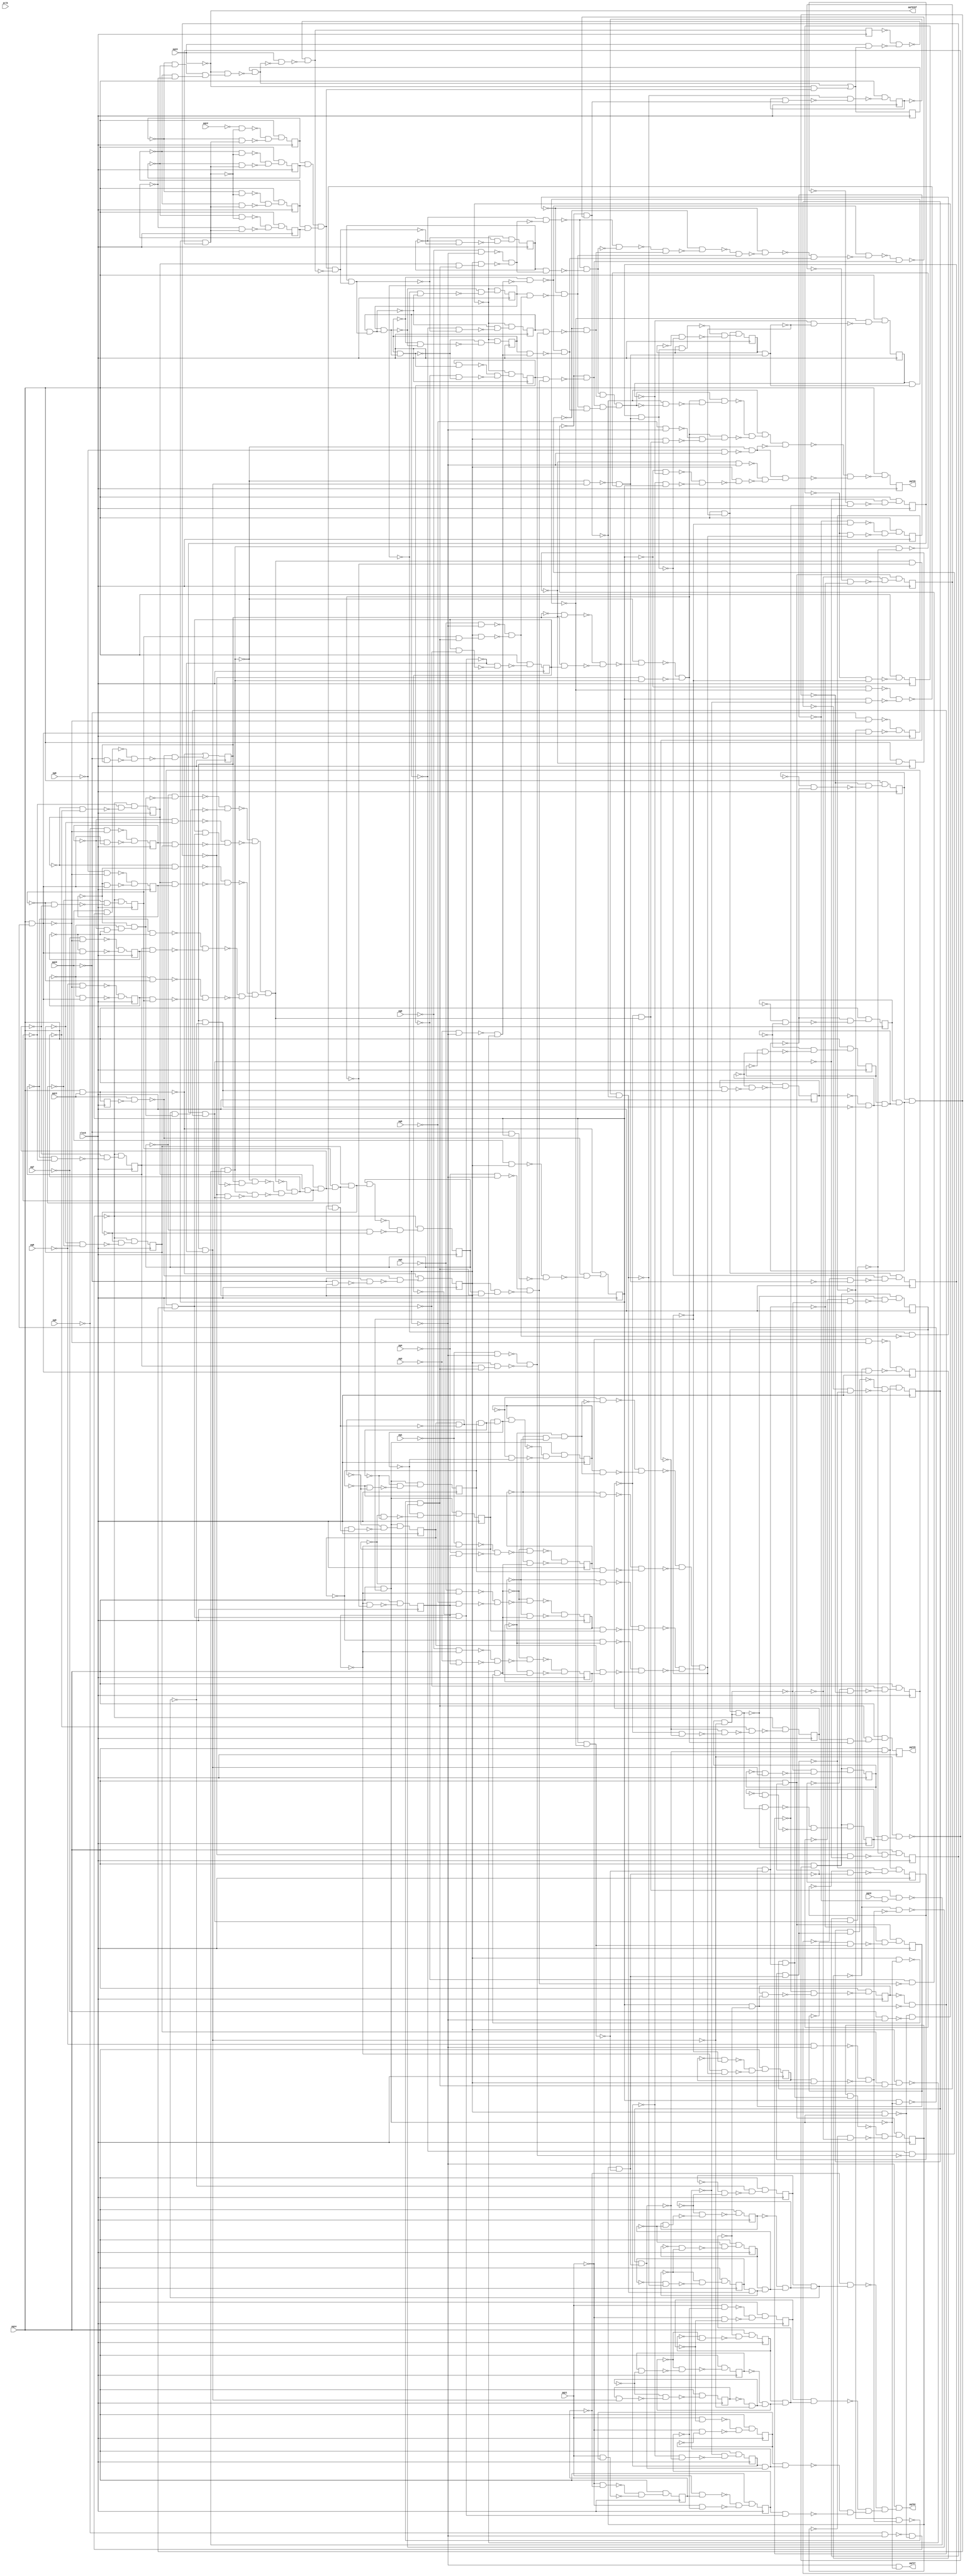
module top ( clock, 
    pg7, pg6, pg5, pg4, pg3, pg2, pg1, pg0, pg9, pg8, pclk, pg10, pg12,
    pg11, pg14, pg13, pg16, pg15,
    pg701bf, pg702, pg726, pg727, pg729  );
  input  clock;
  input  pg7, pg6, pg5, pg4, pg3, pg2, pg1, pg0, pg9, pg8, pclk, pg10,
    pg12, pg11, pg14, pg13, pg16, pg15;
  output pg701bf, pg702, pg726, pg727, pg729;
  reg ng31, ng27, ng28, ng29, ng30, ng23, ng24, ng25, ng26, ng72, ng83,
    ng94, ng73, ng82, ng95, ng74, ng85, ng92, ng22, ng75, ng84, ng93, ng32,
    ng43, ng54, ng65, ng33, ng42, ng55, ng64, ng34, ng45, ng52, ng63, ng35,
    ng44, ng53, ng62, ng36, ng47, ng58, ng69, ng80, ng91, ng37, ng46, ng59,
    ng68, ng81, ng90, ng38, ng49, ng56, ng67, ng39, ng48, ng57, ng66, ng40,
    ng51, ng76, ng87, ng41, ng50, ng77, ng86, ng60, ng71, ng78, ng89, ng61,
    ng70, ng79, ng88;
  wire new_n246_, new_n247_, new_n248_1_, new_n249_, new_n250_, new_n251_,
    new_n252_, new_n253_1_, new_n254_, new_n255_, new_n256_, new_n257_,
    new_n258_1_, new_n259_, new_n260_, new_n261_, new_n262_, new_n263_1_,
    new_n264_, new_n265_, new_n266_, new_n267_, new_n268_1_, new_n269_,
    new_n270_, new_n271_, new_n272_, new_n273_1_, new_n274_, new_n275_,
    new_n276_, new_n277_, new_n278_1_, new_n279_, new_n280_, new_n281_,
    new_n282_, new_n283_1_, new_n284_, new_n285_, new_n286_, new_n287_,
    new_n288_1_, new_n289_, new_n290_, new_n291_, new_n292_, new_n293_1_,
    new_n294_, new_n295_, new_n296_, new_n297_, new_n298_1_, new_n299_,
    new_n300_, new_n301_, new_n302_, new_n303_1_, new_n304_, new_n305_,
    new_n306_, new_n307_, new_n308_1_, new_n309_, new_n310_, new_n311_,
    new_n312_, new_n313_1_, new_n314_, new_n315_, new_n316_, new_n317_,
    new_n318_1_, new_n319_, new_n320_, new_n321_, new_n322_, new_n323_1_,
    new_n324_, new_n325_, new_n326_, new_n327_, new_n328_1_, new_n329_,
    new_n330_, new_n331_, new_n332_, new_n333_1_, new_n334_, new_n335_,
    new_n336_, new_n337_, new_n338_1_, new_n339_, new_n340_, new_n341_,
    new_n342_, new_n343_1_, new_n344_, new_n345_, new_n346_, new_n347_,
    new_n348_1_, new_n349_, new_n350_, new_n351_, new_n352_, new_n353_1_,
    new_n354_, new_n355_, new_n356_, new_n357_, new_n359_, new_n360_,
    new_n361_, new_n362_, new_n363_1_, new_n364_, new_n365_, new_n366_,
    new_n367_, new_n368_1_, new_n369_, new_n370_, new_n371_, new_n372_,
    new_n373_1_, new_n374_, new_n375_, new_n376_, new_n378_1_, new_n379_,
    new_n381_, new_n382_, new_n384_, new_n385_, new_n387_, new_n388_1_,
    new_n390_, new_n391_, new_n393_1_, new_n394_, new_n395_, new_n396_,
    new_n397_, new_n398_1_, new_n399_, new_n400_, new_n401_, new_n403_1_,
    new_n404_, new_n405_, new_n407_, new_n408_1_, new_n410_, new_n411_,
    new_n413_1_, new_n414_, new_n416_, new_n417_, new_n418_, new_n419_,
    new_n420_, new_n421_, new_n422_, new_n424_, new_n425_, new_n426_,
    new_n427_, new_n428_, new_n429_, new_n430_, new_n431_, new_n432_,
    new_n433_, new_n434_, new_n435_, new_n436_, new_n437_, new_n438_,
    new_n439_, new_n440_, new_n441_, new_n442_, new_n443_, new_n445_,
    new_n446_, new_n447_, new_n449_, new_n450_, new_n451_, new_n452_,
    new_n453_, new_n455_, new_n456_, new_n457_, new_n458_, new_n460_,
    new_n461_, new_n463_, new_n464_, new_n465_, new_n467_, new_n468_,
    new_n471_, new_n472_, new_n473_, new_n474_, new_n475_, new_n477_,
    new_n478_, new_n479_, new_n481_, new_n482_, new_n484_, new_n485_,
    new_n486_, new_n487_, new_n488_, new_n489_, new_n490_, new_n491_,
    new_n492_, new_n493_, new_n494_, new_n495_, new_n496_, new_n497_,
    new_n498_, new_n499_, new_n500_, new_n501_, new_n502_, new_n503_,
    new_n504_, new_n505_, new_n506_, new_n507_, new_n509_, new_n510_,
    new_n512_, new_n513_, new_n514_, new_n515_, new_n516_, new_n517_,
    new_n518_, new_n520_, new_n521_, new_n522_, new_n523_, new_n524_,
    new_n525_, new_n527_, new_n529_, new_n530_, new_n532_, new_n533_,
    new_n535_, new_n536_, new_n537_, new_n539_, new_n540_, new_n541_,
    new_n543_, new_n544_, new_n546_, new_n547_, new_n548_, new_n549_,
    new_n551_, new_n552_, new_n553_, new_n554_, new_n555_, new_n557_,
    new_n560_, new_n561_, new_n563_, new_n564_, new_n565_, new_n567_,
    new_n568_, new_n570_, new_n571_, new_n573_, new_n574_, new_n575_,
    new_n576_, new_n578_, new_n579_, new_n580_, new_n581_, new_n582_,
    new_n584_, new_n585_, new_n586_, new_n587_, new_n588_, new_n589_,
    new_n590_, new_n591_, new_n592_, new_n594_, new_n595_, new_n597_,
    new_n598_, new_n599_, new_n600_, new_n602_, new_n603_, new_n605_,
    new_n606_, new_n607_, new_n609_, new_n610_, new_n612_, new_n613_,
    new_n615_, new_n616_, new_n618_, new_n619_, new_n620_, new_n622_,
    new_n623_, new_n625_, new_n626_, new_n627_, new_n629_, new_n630_,
    new_n631_, new_n633_, new_n634_, new_n636_, new_n637_, new_n639_,
    new_n640_, new_n641_, new_n643_, new_n644_, new_n646_, new_n647_,
    new_n648_, new_n650_, new_n651_, new_n653_, new_n654_, new_n656_,
    new_n657_, new_n658_, new_n660_, new_n661_, new_n662_, new_n664_,
    new_n665_, new_n667_, new_n668_, new_n669_, new_n671_, new_n672_,
    new_n673_, new_n675_, new_n676_, new_n677_, new_n678_, new_n680_,
    new_n681_, new_n682_, new_n683_, new_n684_, new_n686_, new_n687_,
    new_n688_, new_n690_, new_n691_, new_n692_, new_n694_, new_n695_,
    new_n696_, new_n698_, new_n699_, new_n700_, new_n702_, new_n703_,
    new_n705_, new_n706_, new_n707_, n48, n53, n58, n63, n68, n73, n78,
    n83, n88, n93, n98, n103, n108, n113, n118, n123, n128, n133, n138,
    n143, n148, n153, n158, n163, n168, n173, n178, n183, n188, n193, n198,
    n203, n208, n213, n218, n223, n228, n233, n238, n243, n248, n253, n258,
    n263, n268, n273, n278, n283, n288, n293, n298, n303, n308, n313, n318,
    n323, n328, n333, n338, n343, n348, n353, n358, n363, n368, n373, n378,
    n383, n388, n393, n398, n403, n408, n413;
  assign new_n246_ = ~ng82 & ~ng80;
  assign new_n247_ = ~ng81 & new_n246_;
  assign new_n248_1_ = ~ng79 & new_n247_;
  assign new_n249_ = ~ng78 & ~new_n248_1_;
  assign new_n250_ = ng78 & new_n248_1_;
  assign new_n251_ = ~new_n249_ & ~new_n250_;
  assign new_n252_ = ~ng82 & ~ng77;
  assign new_n253_1_ = ng82 & ng77;
  assign new_n254_ = ~new_n252_ & ~new_n253_1_;
  assign new_n255_ = ~new_n251_ & ~new_n254_;
  assign new_n256_ = ~ng75 & ~ng80;
  assign new_n257_ = ng75 & ng80;
  assign new_n258_1_ = ~new_n256_ & ~new_n257_;
  assign new_n259_ = ~ng81 & ~ng76;
  assign new_n260_ = ng81 & ng76;
  assign new_n261_ = ~new_n259_ & ~new_n260_;
  assign new_n262_ = ~ng74 & ~ng79;
  assign new_n263_1_ = ng74 & ng79;
  assign new_n264_ = ~new_n262_ & ~new_n263_1_;
  assign new_n265_ = ~new_n258_1_ & ~new_n261_;
  assign new_n266_ = ~new_n264_ & new_n265_;
  assign new_n267_ = new_n255_ & new_n266_;
  assign new_n268_1_ = ~ng83 & new_n267_;
  assign new_n269_ = pg16 & ~ng66;
  assign new_n270_ = new_n268_1_ & new_n269_;
  assign new_n271_ = ng90 & ~new_n270_;
  assign new_n272_ = ~pg0 & ~ng90;
  assign new_n273_1_ = ~pg8 & ~ng90;
  assign new_n274_ = ng64 & ng90;
  assign new_n275_ = ~new_n273_1_ & ~new_n274_;
  assign new_n276_ = ~ng84 & new_n275_;
  assign new_n277_ = ~ng85 & ~new_n275_;
  assign new_n278_1_ = ~new_n276_ & ~new_n277_;
  assign new_n279_ = ng74 & new_n278_1_;
  assign new_n280_ = ng90 & new_n279_;
  assign new_n281_ = ~new_n272_ & ~new_n280_;
  assign new_n282_ = ~ng42 & ~new_n281_;
  assign new_n283_1_ = ng42 & new_n281_;
  assign new_n284_ = ~new_n282_ & ~new_n283_1_;
  assign new_n285_ = ~new_n282_ & ~new_n284_;
  assign new_n286_ = ~pg1 & ~ng90;
  assign new_n287_ = ng75 & new_n278_1_;
  assign new_n288_1_ = ng90 & new_n287_;
  assign new_n289_ = ~new_n286_ & ~new_n288_1_;
  assign new_n290_ = ~ng43 & ~new_n289_;
  assign new_n291_ = ng43 & new_n289_;
  assign new_n292_ = ~new_n290_ & ~new_n291_;
  assign new_n293_1_ = ~new_n285_ & new_n292_;
  assign new_n294_ = ~new_n290_ & ~new_n293_1_;
  assign new_n295_ = ~pg2 & ~ng90;
  assign new_n296_ = ng76 & new_n278_1_;
  assign new_n297_ = ng90 & new_n296_;
  assign new_n298_1_ = ~new_n295_ & ~new_n297_;
  assign new_n299_ = ~ng44 & ~new_n298_1_;
  assign new_n300_ = ng44 & new_n298_1_;
  assign new_n301_ = ~new_n299_ & ~new_n300_;
  assign new_n302_ = ~new_n294_ & new_n301_;
  assign new_n303_1_ = ~new_n299_ & ~new_n302_;
  assign new_n304_ = ~pg3 & ~ng90;
  assign new_n305_ = ng77 & new_n278_1_;
  assign new_n306_ = ng90 & new_n305_;
  assign new_n307_ = ~new_n304_ & ~new_n306_;
  assign new_n308_1_ = ~ng45 & ~new_n307_;
  assign new_n309_ = ng45 & new_n307_;
  assign new_n310_ = ~new_n308_1_ & ~new_n309_;
  assign new_n311_ = ~new_n303_1_ & new_n310_;
  assign new_n312_ = ~new_n308_1_ & ~new_n311_;
  assign new_n313_1_ = ~pg4 & ~ng90;
  assign new_n314_ = ng78 & new_n278_1_;
  assign new_n315_ = ng90 & new_n314_;
  assign new_n316_ = ~new_n313_1_ & ~new_n315_;
  assign new_n317_ = ~ng46 & ~new_n316_;
  assign new_n318_1_ = ng46 & new_n316_;
  assign new_n319_ = ~new_n317_ & ~new_n318_1_;
  assign new_n320_ = ~new_n312_ & new_n319_;
  assign new_n321_ = ~new_n317_ & ~new_n320_;
  assign new_n322_ = ~ng24 & ~new_n321_;
  assign new_n323_1_ = ng25 & new_n322_;
  assign new_n324_ = ng26 & new_n323_1_;
  assign new_n325_ = ~ng27 & new_n324_;
  assign new_n326_ = ng28 & new_n325_;
  assign new_n327_ = ng92 & ~new_n326_;
  assign new_n328_1_ = ~ng29 & ~new_n327_;
  assign new_n329_ = ng30 & new_n328_1_;
  assign new_n330_ = ng31 & new_n329_;
  assign new_n331_ = ng32 & new_n330_;
  assign new_n332_ = ng33 & new_n331_;
  assign new_n333_1_ = ~ng34 & new_n332_;
  assign new_n334_ = ng92 & ~new_n333_1_;
  assign new_n335_ = ~new_n271_ & new_n334_;
  assign new_n336_ = ~ng39 & ~new_n334_;
  assign new_n337_ = ~ng40 & new_n336_;
  assign new_n338_1_ = ng41 & new_n337_;
  assign new_n339_ = ng91 & ~new_n338_1_;
  assign new_n340_ = ~ng36 & ~new_n339_;
  assign new_n341_ = ng37 & new_n340_;
  assign new_n342_ = ng38 & new_n341_;
  assign new_n343_1_ = new_n271_ & ~new_n342_;
  assign new_n344_ = ~new_n335_ & ~new_n343_1_;
  assign new_n345_ = ng58 & new_n344_;
  assign new_n346_ = ng59 & new_n345_;
  assign new_n347_ = ng91 & ~new_n346_;
  assign new_n348_1_ = ng53 & ~new_n347_;
  assign new_n349_ = ng61 & new_n348_1_;
  assign new_n350_ = ng62 & new_n349_;
  assign new_n351_ = ng89 & new_n350_;
  assign new_n352_ = ng87 & new_n333_1_;
  assign new_n353_1_ = ng88 & new_n338_1_;
  assign new_n354_ = ~ng94 & new_n326_;
  assign new_n355_ = ~new_n351_ & ~new_n352_;
  assign new_n356_ = ~new_n353_1_ & new_n355_;
  assign new_n357_ = ~new_n354_ & new_n356_;
  assign pg702 = ~ng90 & new_n357_;
  assign new_n359_ = ~ng72 & ~ng73;
  assign new_n360_ = ~ng71 & new_n359_;
  assign new_n361_ = ~ng70 & ~new_n360_;
  assign new_n362_ = ng70 & new_n360_;
  assign new_n363_1_ = ~new_n361_ & ~new_n362_;
  assign new_n364_ = ~ng72 & ~ng68;
  assign new_n365_ = ng72 & ng68;
  assign new_n366_ = ~new_n364_ & ~new_n365_;
  assign new_n367_ = ~ng73 & ~ng69;
  assign new_n368_1_ = ng73 & ng69;
  assign new_n369_ = ~new_n367_ & ~new_n368_1_;
  assign new_n370_ = ~ng67 & ~ng71;
  assign new_n371_ = ng67 & ng71;
  assign new_n372_ = ~new_n370_ & ~new_n371_;
  assign new_n373_1_ = ~new_n363_1_ & ~new_n366_;
  assign new_n374_ = ~new_n369_ & ~new_n372_;
  assign new_n375_ = new_n373_1_ & new_n374_;
  assign new_n376_ = pg14 & ~new_n375_;
  assign pg727 = ~ng90 & ~new_n376_;
  assign new_n378_1_ = ~ng31 & ~new_n329_;
  assign new_n379_ = ~new_n330_ & ~new_n378_1_;
  assign n48 = pg14 & new_n379_;
  assign new_n381_ = ng27 & ~new_n324_;
  assign new_n382_ = ~new_n325_ & ~new_n381_;
  assign n53 = pg14 & ~new_n382_;
  assign new_n384_ = ~ng28 & ~new_n325_;
  assign new_n385_ = ~new_n326_ & ~new_n384_;
  assign n58 = pg14 & new_n385_;
  assign new_n387_ = ng29 & new_n327_;
  assign new_n388_1_ = ~new_n328_1_ & ~new_n387_;
  assign n63 = pg14 & ~new_n388_1_;
  assign new_n390_ = ~ng30 & ~new_n328_1_;
  assign new_n391_ = ~new_n329_ & ~new_n390_;
  assign n68 = pg14 & new_n391_;
  assign new_n393_1_ = ~ng47 & ~ng49;
  assign new_n394_ = ~ng48 & ~ng50;
  assign new_n395_ = new_n393_1_ & new_n394_;
  assign new_n396_ = ~pg15 & new_n395_;
  assign new_n397_ = ng22 & ~new_n396_;
  assign new_n398_1_ = ng47 & ng49;
  assign new_n399_ = ng48 & ng50;
  assign new_n400_ = new_n398_1_ & new_n399_;
  assign new_n401_ = ~pg15 & new_n400_;
  assign n138 = new_n397_ | new_n401_;
  assign new_n403_1_ = pg15 & n138;
  assign new_n404_ = ~ng23 & ~new_n403_1_;
  assign new_n405_ = pg15 & ~new_n397_;
  assign n73 = ~new_n404_ & ~new_n405_;
  assign new_n407_ = ng24 & new_n321_;
  assign new_n408_1_ = ~new_n322_ & ~new_n407_;
  assign n78 = pg14 & ~new_n408_1_;
  assign new_n410_ = ~ng25 & ~new_n322_;
  assign new_n411_ = ~new_n323_1_ & ~new_n410_;
  assign n83 = pg14 & new_n411_;
  assign new_n413_1_ = ~ng26 & ~new_n323_1_;
  assign new_n414_ = ~new_n324_ & ~new_n413_1_;
  assign n88 = pg14 & new_n414_;
  assign new_n416_ = ng90 & ~new_n376_;
  assign new_n417_ = pg14 & ~new_n416_;
  assign new_n418_ = ~pg1 & ~ng63;
  assign new_n419_ = ~pg4 & ng63;
  assign new_n420_ = ~new_n418_ & ~new_n419_;
  assign new_n421_ = ~new_n417_ & ~new_n420_;
  assign new_n422_ = ~ng72 & new_n417_;
  assign n93 = ~new_n421_ & ~new_n422_;
  assign new_n424_ = ~pg9 & ~ng90;
  assign new_n425_ = ng90 & new_n376_;
  assign new_n426_ = ~new_n424_ & ~new_n425_;
  assign new_n427_ = ng34 & new_n332_;
  assign new_n428_ = ng92 & ~new_n427_;
  assign new_n429_ = ~new_n271_ & new_n428_;
  assign new_n430_ = ~ng38 & new_n341_;
  assign new_n431_ = new_n271_ & ~new_n430_;
  assign new_n432_ = ~new_n429_ & ~new_n431_;
  assign new_n433_ = ~new_n267_ & new_n432_;
  assign new_n434_ = ~ng92 & ~ng35;
  assign new_n435_ = ng92 & ng34;
  assign new_n436_ = ~new_n434_ & ~new_n435_;
  assign new_n437_ = ~new_n271_ & ~new_n436_;
  assign new_n438_ = ~ng38 & new_n271_;
  assign new_n439_ = ~new_n437_ & ~new_n438_;
  assign new_n440_ = new_n267_ & ~new_n439_;
  assign new_n441_ = ~ng83 & ~new_n440_;
  assign new_n442_ = ~new_n440_ & ~new_n441_;
  assign new_n443_ = ~new_n433_ & ~new_n442_;
  assign n98 = ~new_n426_ & ~new_n443_;
  assign new_n445_ = ~pg11 & ~ng94;
  assign new_n446_ = pg11 & ng89;
  assign new_n447_ = ~new_n445_ & ~new_n446_;
  assign n103 = pg14 & new_n447_;
  assign new_n449_ = ~pg2 & ~ng63;
  assign new_n450_ = ~pg5 & ng63;
  assign new_n451_ = ~new_n449_ & ~new_n450_;
  assign new_n452_ = ~new_n417_ & ~new_n451_;
  assign new_n453_ = ~ng73 & new_n417_;
  assign n108 = ~new_n452_ & ~new_n453_;
  assign new_n455_ = ng91 & ~new_n376_;
  assign new_n456_ = pg14 & ~new_n455_;
  assign new_n457_ = ~pg9 & ~new_n456_;
  assign new_n458_ = ~ng82 & new_n456_;
  assign n113 = ~new_n457_ & ~new_n458_;
  assign new_n460_ = ng83 & new_n439_;
  assign new_n461_ = new_n278_1_ & new_n460_;
  assign n118 = pg14 & new_n461_;
  assign new_n463_ = ng74 & new_n433_;
  assign new_n464_ = ~ng74 & ~new_n433_;
  assign new_n465_ = ~new_n463_ & ~new_n464_;
  assign n123 = ~new_n426_ & new_n465_;
  assign new_n467_ = ~pg11 & ~new_n456_;
  assign new_n468_ = ~ng85 & new_n456_;
  assign n128 = ~new_n467_ & ~new_n468_;
  assign n373 = pg14 & pg13;
  assign new_n471_ = pg13 & ~ng86;
  assign new_n472_ = pg10 & ng91;
  assign new_n473_ = ~pg10 & ng92;
  assign new_n474_ = ~new_n472_ & ~new_n473_;
  assign new_n475_ = ~new_n471_ & ~new_n474_;
  assign n133 = ~n373 | new_n475_;
  assign new_n477_ = ng75 & new_n463_;
  assign new_n478_ = ~ng75 & ~new_n463_;
  assign new_n479_ = ~new_n477_ & ~new_n478_;
  assign n143 = ~new_n426_ & new_n479_;
  assign new_n481_ = ~pg10 & ~new_n456_;
  assign new_n482_ = ~ng84 & new_n456_;
  assign n148 = ~new_n481_ & ~new_n482_;
  assign new_n484_ = new_n284_ & new_n292_;
  assign new_n485_ = new_n301_ & new_n310_;
  assign new_n486_ = new_n319_ & new_n485_;
  assign new_n487_ = new_n484_ & new_n486_;
  assign new_n488_ = ~new_n321_ & ~new_n487_;
  assign new_n489_ = new_n439_ & ~new_n488_;
  assign new_n490_ = new_n487_ & new_n489_;
  assign new_n491_ = ~pg5 & ~ng90;
  assign new_n492_ = ng90 & new_n268_1_;
  assign new_n493_ = ~new_n491_ & ~new_n492_;
  assign new_n494_ = new_n439_ & new_n493_;
  assign new_n495_ = ~new_n490_ & ~new_n494_;
  assign new_n496_ = ~new_n321_ & new_n495_;
  assign new_n497_ = ~pg6 & ~ng90;
  assign new_n498_ = ~new_n271_ & ~new_n497_;
  assign new_n499_ = new_n496_ & ~new_n498_;
  assign new_n500_ = ~ng35 & ~ng90;
  assign new_n501_ = ~ng91 & ~ng59;
  assign new_n502_ = ~ng62 & ng91;
  assign new_n503_ = ~new_n501_ & ~new_n502_;
  assign new_n504_ = ng90 & ~new_n503_;
  assign new_n505_ = ~new_n500_ & ~new_n504_;
  assign new_n506_ = new_n498_ & new_n505_;
  assign new_n507_ = ~new_n499_ & ~new_n506_;
  assign n153 = pg14 & ~new_n507_;
  assign new_n509_ = ~ng32 & ~new_n330_;
  assign new_n510_ = ~new_n331_ & ~new_n509_;
  assign n158 = pg14 & new_n510_;
  assign new_n512_ = ~pg7 & ~ng90;
  assign new_n513_ = ~new_n425_ & ~new_n512_;
  assign new_n514_ = new_n400_ & ~n73;
  assign new_n515_ = ng42 & new_n514_;
  assign new_n516_ = ng43 & new_n515_;
  assign new_n517_ = ~ng43 & ~new_n515_;
  assign new_n518_ = ~new_n516_ & ~new_n517_;
  assign n163 = ~new_n513_ & new_n518_;
  assign new_n520_ = ng54 & ng56;
  assign new_n521_ = ~new_n334_ & new_n520_;
  assign new_n522_ = pg14 & ~new_n521_;
  assign new_n523_ = ng54 & ~new_n334_;
  assign new_n524_ = ~ng54 & new_n334_;
  assign new_n525_ = ~new_n523_ & ~new_n524_;
  assign n168 = new_n522_ & new_n525_;
  assign new_n527_ = ~ng65 & ~new_n375_;
  assign n173 = pg14 & ~new_n527_;
  assign new_n529_ = ~ng33 & ~new_n331_;
  assign new_n530_ = ~new_n332_ & ~new_n529_;
  assign n178 = pg14 & new_n530_;
  assign new_n532_ = ~ng42 & ~new_n514_;
  assign new_n533_ = ~new_n515_ & ~new_n532_;
  assign n183 = ~new_n513_ & new_n533_;
  assign new_n535_ = ng55 & new_n523_;
  assign new_n536_ = ~ng55 & ~new_n523_;
  assign new_n537_ = ~new_n535_ & ~new_n536_;
  assign n188 = new_n522_ & new_n537_;
  assign new_n539_ = ~ng64 & ~new_n375_;
  assign new_n540_ = ~ng63 & new_n375_;
  assign new_n541_ = ~new_n539_ & ~new_n540_;
  assign n193 = pg14 & new_n541_;
  assign new_n543_ = ng34 & ~new_n332_;
  assign new_n544_ = ~new_n333_1_ & ~new_n543_;
  assign n198 = pg14 & ~new_n544_;
  assign new_n546_ = ng44 & new_n516_;
  assign new_n547_ = ng45 & new_n546_;
  assign new_n548_ = ~ng45 & ~new_n546_;
  assign new_n549_ = ~new_n547_ & ~new_n548_;
  assign n203 = ~new_n513_ & new_n549_;
  assign new_n551_ = pg14 & ~new_n348_1_;
  assign new_n552_ = ng51 & ~new_n347_;
  assign new_n553_ = ng52 & new_n552_;
  assign new_n554_ = ~ng52 & ~new_n552_;
  assign new_n555_ = ~new_n553_ & ~new_n554_;
  assign n208 = new_n551_ & new_n555_;
  assign new_n557_ = ~ng63 & ~new_n439_;
  assign n213 = pg14 & ~new_n557_;
  assign n218 = pg14 & ~ng35;
  assign new_n560_ = ~ng44 & ~new_n516_;
  assign new_n561_ = ~new_n546_ & ~new_n560_;
  assign n223 = ~new_n513_ & new_n561_;
  assign new_n563_ = ng53 & new_n553_;
  assign new_n564_ = ~ng53 & ~new_n553_;
  assign new_n565_ = ~new_n563_ & ~new_n564_;
  assign n228 = new_n551_ & new_n565_;
  assign new_n567_ = ~ng62 & ~new_n349_;
  assign new_n568_ = ~new_n350_ & ~new_n567_;
  assign n233 = pg14 & new_n568_;
  assign new_n570_ = ng36 & new_n339_;
  assign new_n571_ = ~new_n340_ & ~new_n570_;
  assign n238 = pg14 & ~new_n571_;
  assign new_n573_ = ng91 & ~new_n521_;
  assign new_n574_ = ~pg12 & ~new_n573_;
  assign new_n575_ = ~ng47 & new_n573_;
  assign new_n576_ = ~new_n574_ & ~new_n575_;
  assign n243 = pg14 & new_n576_;
  assign new_n578_ = pg14 & ~new_n345_;
  assign new_n579_ = ng57 & new_n344_;
  assign new_n580_ = ng58 & new_n579_;
  assign new_n581_ = ~ng58 & ~new_n579_;
  assign new_n582_ = ~new_n580_ & ~new_n581_;
  assign n248 = new_n578_ & new_n582_;
  assign new_n584_ = ~ng91 & ~new_n346_;
  assign new_n585_ = ng91 & ~new_n350_;
  assign new_n586_ = ~new_n584_ & ~new_n585_;
  assign new_n587_ = ng90 & ~new_n586_;
  assign new_n588_ = ng67 & ~new_n587_;
  assign new_n589_ = ng68 & new_n588_;
  assign new_n590_ = ng69 & new_n589_;
  assign new_n591_ = ~ng69 & ~new_n589_;
  assign new_n592_ = ~new_n590_ & ~new_n591_;
  assign n253 = new_n376_ & new_n592_;
  assign new_n594_ = ~pg7 & ~new_n456_;
  assign new_n595_ = ~ng80 & new_n456_;
  assign n258 = ~new_n594_ & ~new_n595_;
  assign new_n597_ = pg10 & ng90;
  assign new_n598_ = ~pg10 & ng91;
  assign new_n599_ = ~new_n597_ & ~new_n598_;
  assign new_n600_ = ~new_n471_ & ~new_n599_;
  assign n263 = ~n373 | new_n600_;
  assign new_n602_ = ~ng37 & ~new_n340_;
  assign new_n603_ = ~new_n341_ & ~new_n602_;
  assign n268 = pg14 & new_n603_;
  assign new_n605_ = ng46 & new_n547_;
  assign new_n606_ = ~ng46 & ~new_n547_;
  assign new_n607_ = ~new_n605_ & ~new_n606_;
  assign n273 = ~new_n513_ & new_n607_;
  assign new_n609_ = ~ng59 & ~new_n345_;
  assign new_n610_ = ~new_n346_ & ~new_n609_;
  assign n278 = pg14 & new_n610_;
  assign new_n612_ = ~ng68 & ~new_n588_;
  assign new_n613_ = ~new_n589_ & ~new_n612_;
  assign n283 = new_n376_ & new_n613_;
  assign new_n615_ = ~pg8 & ~new_n456_;
  assign new_n616_ = ~ng81 & new_n456_;
  assign n288 = ~new_n615_ & ~new_n616_;
  assign new_n618_ = ~pg10 & ng90;
  assign new_n619_ = ~pg10 & ~new_n618_;
  assign new_n620_ = ~new_n471_ & ~new_n619_;
  assign n293 = ~n373 | new_n620_;
  assign new_n622_ = ~ng38 & ~new_n341_;
  assign new_n623_ = ~new_n342_ & ~new_n622_;
  assign n298 = pg14 & new_n623_;
  assign new_n625_ = ~ng48 & ~new_n573_;
  assign new_n626_ = ~ng49 & new_n573_;
  assign new_n627_ = ~new_n625_ & ~new_n626_;
  assign n303 = pg14 & new_n627_;
  assign new_n629_ = ng56 & new_n535_;
  assign new_n630_ = ~ng56 & ~new_n535_;
  assign new_n631_ = ~new_n629_ & ~new_n630_;
  assign n308 = new_n522_ & new_n631_;
  assign new_n633_ = ~ng67 & new_n587_;
  assign new_n634_ = ~new_n588_ & ~new_n633_;
  assign n313 = new_n376_ & new_n634_;
  assign new_n636_ = ng39 & new_n334_;
  assign new_n637_ = ~new_n336_ & ~new_n636_;
  assign n318 = pg14 & ~new_n637_;
  assign new_n639_ = ~ng47 & ~new_n573_;
  assign new_n640_ = ~ng48 & new_n573_;
  assign new_n641_ = ~new_n639_ & ~new_n640_;
  assign n323 = pg14 & new_n641_;
  assign new_n643_ = ~ng57 & ~new_n344_;
  assign new_n644_ = ~new_n579_ & ~new_n643_;
  assign n328 = new_n578_ & new_n644_;
  assign new_n646_ = ~ng66 & ~new_n375_;
  assign new_n647_ = ~ng65 & new_n375_;
  assign new_n648_ = ~new_n646_ & ~new_n647_;
  assign n333 = pg14 & new_n648_;
  assign new_n650_ = ng40 & ~new_n336_;
  assign new_n651_ = ~new_n337_ & ~new_n650_;
  assign n338 = pg14 & ~new_n651_;
  assign new_n653_ = ~ng51 & new_n347_;
  assign new_n654_ = ~new_n552_ & ~new_n653_;
  assign n343 = new_n551_ & new_n654_;
  assign new_n656_ = ng76 & new_n477_;
  assign new_n657_ = ~ng76 & ~new_n477_;
  assign new_n658_ = ~new_n656_ & ~new_n657_;
  assign n348 = ~new_n426_ & new_n658_;
  assign new_n660_ = pg11 & ng94;
  assign new_n661_ = ~pg11 & ~ng87;
  assign new_n662_ = ~new_n660_ & ~new_n661_;
  assign n353 = pg14 & new_n662_;
  assign new_n664_ = ~ng41 & ~new_n337_;
  assign new_n665_ = ~new_n338_1_ & ~new_n664_;
  assign n358 = pg14 & new_n665_;
  assign new_n667_ = ~ng49 & ~new_n573_;
  assign new_n668_ = ~ng50 & new_n573_;
  assign new_n669_ = ~new_n667_ & ~new_n668_;
  assign n363 = pg14 & new_n669_;
  assign new_n671_ = ng77 & new_n656_;
  assign new_n672_ = ~ng77 & ~new_n656_;
  assign new_n673_ = ~new_n671_ & ~new_n672_;
  assign n368 = ~new_n426_ & new_n673_;
  assign new_n675_ = pg14 & ~new_n349_;
  assign new_n676_ = ng60 & new_n348_1_;
  assign new_n677_ = ~ng60 & ~new_n348_1_;
  assign new_n678_ = ~new_n676_ & ~new_n677_;
  assign n378 = new_n675_ & new_n678_;
  assign new_n680_ = ~pg0 & ~ng63;
  assign new_n681_ = ~pg3 & ng63;
  assign new_n682_ = ~new_n680_ & ~new_n681_;
  assign new_n683_ = ~new_n417_ & ~new_n682_;
  assign new_n684_ = ~ng71 & new_n417_;
  assign n383 = ~new_n683_ & ~new_n684_;
  assign new_n686_ = ng78 & new_n671_;
  assign new_n687_ = ~ng78 & ~new_n671_;
  assign new_n688_ = ~new_n686_ & ~new_n687_;
  assign n388 = ~new_n426_ & new_n688_;
  assign new_n690_ = pg11 & ~ng88;
  assign new_n691_ = ~pg11 & ~ng89;
  assign new_n692_ = ~new_n690_ & ~new_n691_;
  assign n393 = pg14 & new_n692_;
  assign new_n694_ = ng61 & new_n676_;
  assign new_n695_ = ~ng61 & ~new_n676_;
  assign new_n696_ = ~new_n694_ & ~new_n695_;
  assign n398 = new_n675_ & new_n696_;
  assign new_n698_ = ng70 & new_n590_;
  assign new_n699_ = ~ng70 & ~new_n590_;
  assign new_n700_ = ~new_n698_ & ~new_n699_;
  assign n403 = new_n376_ & new_n700_;
  assign new_n702_ = ~pg6 & ~new_n456_;
  assign new_n703_ = ~ng79 & new_n456_;
  assign n408 = ~new_n702_ & ~new_n703_;
  assign new_n705_ = pg11 & ~ng87;
  assign new_n706_ = ~pg11 & ~ng88;
  assign new_n707_ = ~new_n705_ & ~new_n706_;
  assign n413 = pg14 & new_n707_;
  assign pg701bf = ~pg15;
  assign pg726 = ng93;
  assign pg729 = ng95;
  always @ (posedge clock) begin
    ng31 <= n48;
    ng27 <= n53;
    ng28 <= n58;
    ng29 <= n63;
    ng30 <= n68;
    ng23 <= n73;
    ng24 <= n78;
    ng25 <= n83;
    ng26 <= n88;
    ng72 <= n93;
    ng83 <= n98;
    ng94 <= n103;
    ng73 <= n108;
    ng82 <= n113;
    ng95 <= n118;
    ng74 <= n123;
    ng85 <= n128;
    ng92 <= n133;
    ng22 <= n138;
    ng75 <= n143;
    ng84 <= n148;
    ng93 <= n153;
    ng32 <= n158;
    ng43 <= n163;
    ng54 <= n168;
    ng65 <= n173;
    ng33 <= n178;
    ng42 <= n183;
    ng55 <= n188;
    ng64 <= n193;
    ng34 <= n198;
    ng45 <= n203;
    ng52 <= n208;
    ng63 <= n213;
    ng35 <= n218;
    ng44 <= n223;
    ng53 <= n228;
    ng62 <= n233;
    ng36 <= n238;
    ng47 <= n243;
    ng58 <= n248;
    ng69 <= n253;
    ng80 <= n258;
    ng91 <= n263;
    ng37 <= n268;
    ng46 <= n273;
    ng59 <= n278;
    ng68 <= n283;
    ng81 <= n288;
    ng90 <= n293;
    ng38 <= n298;
    ng49 <= n303;
    ng56 <= n308;
    ng67 <= n313;
    ng39 <= n318;
    ng48 <= n323;
    ng57 <= n328;
    ng66 <= n333;
    ng40 <= n338;
    ng51 <= n343;
    ng76 <= n348;
    ng87 <= n353;
    ng41 <= n358;
    ng50 <= n363;
    ng77 <= n368;
    ng86 <= n373;
    ng60 <= n378;
    ng71 <= n383;
    ng78 <= n388;
    ng89 <= n393;
    ng61 <= n398;
    ng70 <= n403;
    ng79 <= n408;
    ng88 <= n413;
  end
endmodule